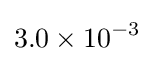
3.0\times 10^{-3}